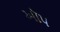
ઑપ